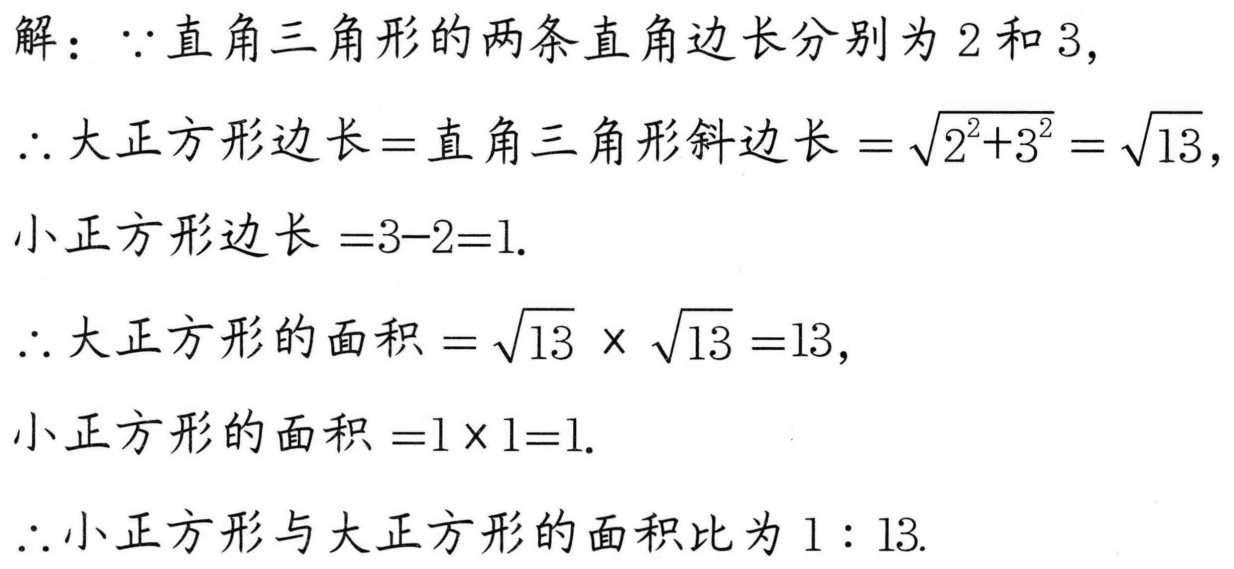
解：\(\because\)直角三角形的两条直角边长分别为\(2\)和\(3\)，
\(\therefore\)大正方形边长\(=\)直角三角形斜边长\(=\sqrt{2^{2}+3^{2}}=\sqrt{13}\)，
小正方形边长\(=3 - 2 = 1\).
\(\therefore\)大正方形的面积\(=\sqrt{13}\times\sqrt{13}=13\)，
小正方形的面积\(=1\times1 = 1\).
\(\therefore\)小正方形与大正方形的面积比为\(1:13\).